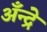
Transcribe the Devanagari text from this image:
अँन्द्रे